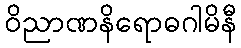
ဝိညာဏနိရောဓဂါမိနီ